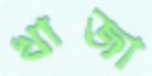
খাজা